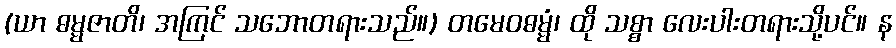
(ယာ ဓမ္မဇာတိ၊ အကြင် သဘောတရားသည်။) တမေဝဓမ္မံ၊ ထို သစ္စာ လေးပါးတရားသို့ပင်။ န